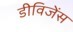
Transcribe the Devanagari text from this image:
डीविजेंस